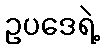
ဥပဒေရဲ့